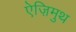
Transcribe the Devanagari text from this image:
ऐज़िमुथ